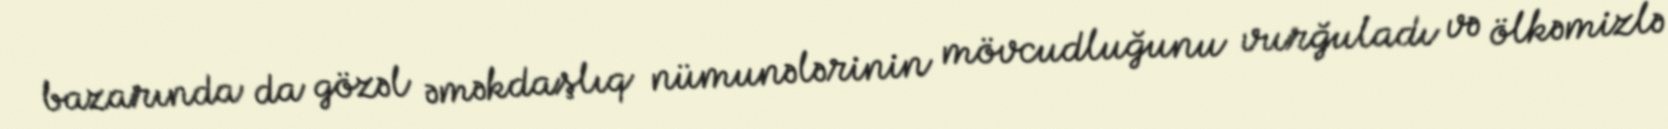
bazarında da gözəl əməkdaşlıq nümunələrinin mövcudluğunu vurğuladı və ölkəmizlə